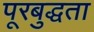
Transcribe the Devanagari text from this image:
पूरबुद्धता